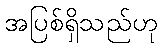
အပြစ်ရှိသည်ဟု